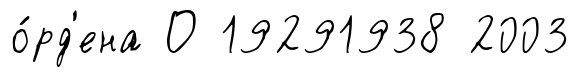
о́рд'ена О 19291938 2003